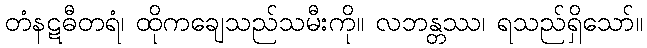
တံနဋဓီတရံ၊ ထိုကချေသည်သမီးကို။ လဘန္တဿ၊ ရသည်ရှိသော်။